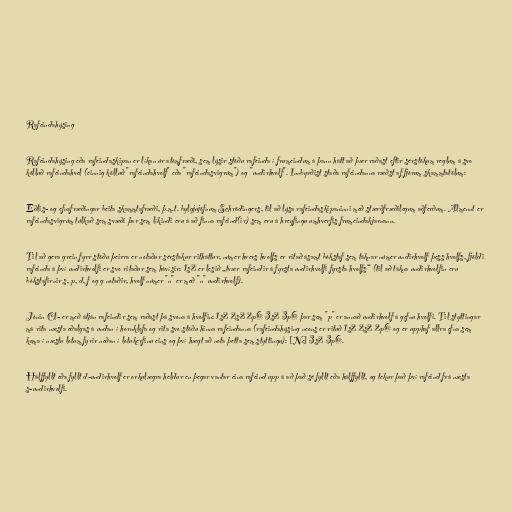
Rafeindahýsing

Rafeindahýsing eða rafeindaskipan er líkan úr atómfræði, sem lýsir stöðu rafeinda í frumeindum á þann hátt að þær raðast eftir sérstökum reglum á svo
kölluð rafeindahvel (einnig kölluð "rafeindahvolf" eða "rafeindasvigrúm") og "undirhvolf". Innbyrðist staða rafeindanna ræðst af fjórum skammtatölum:

Eðlis- og efnafræðingar beita skammtafræði, þ.m.t. bylgjujöfnum Schrödingers, til að lýsa rafeindaskipaninni með stærðfræðilegum aðferðum. Almennt er
rafeindasvigrúm túlkað sem svæði þar sem líkindi eru á að finna rafeind(ir) sem eru á hreyfingu umhverfis frumeindakjarnann.

Til að gera grein fyrr stöðu þeirra er notaður sérstakur ritháttur, númer hvers hvolfs er ritað ásamt bókstaf sem táknar númer undirhvolf þess hvolfs, fjöldi
rafeinda á því undirhvolfi er svo ritaður sem hávísir: 1s2 er lesið „tvær rafeindir á fyrsta undirhvolfi fyrsta hvolfs“ (til að tákna undirhvolfin eru
bókstafirnir s, p, d, f og g notaðir, hvolf númer "n" er með "n" undirhvolf).

Jónin Cl- er með átján rafeindir sem raðast þá svona á hvolfin: 1s2 2s2 2p6 3s2 3p6 þar sem "p" er annað undirhvolf á gefnu hvolfi. Til styttingar
má rita næsta eðalgas á undan í hornklofa og rita svo stöðu hinna rafeindanna (rafeindahýsing neons er rituð 1s2 2s2 2p6 og er upphaf allra efna sem
koma í næstu lotum fyrir neðan í lotukerfinu eins og því hægt að nota þetta sem styttingu): [Ne] 3s2 3p6.

Hálffyllt eða fyllt d-undirhvolf er orkulægra heldur en þegar vantar eina rafeind upp á að það sé fyllt eða hálffyllt, og tekur það því rafeind frá næsta
s-undirhvolfi.